Vaccine operations Central Provinces & Berar 1912-1920 - 1912-1920
Year: 1912
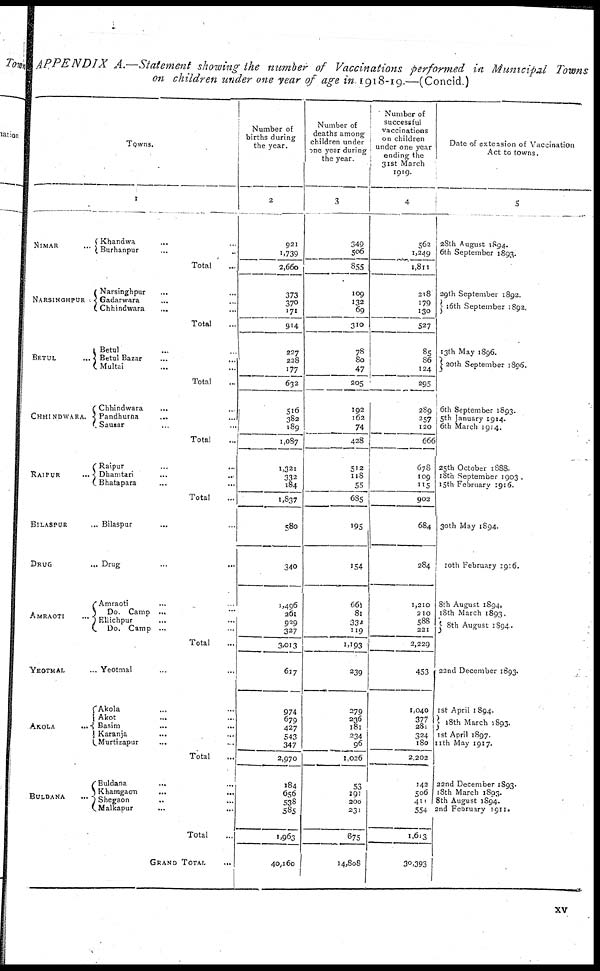
APPENDIX
A.—Statement showing the number of Vaccinations performed in Municipal Towns
on children under one year of age in 1918-19.—(Concld.)
Towns.
I
NIMAR
...
Khandwa ... ...
Burhanpur ... ...
Total ...
NARSINGHPUR
Narsinghpur ... ...
Gadarwara ... ...
Chhindwara ... ...
Total ...
BETUL
...
Betul ... ...
Betul Bazar ... ...
Multai ... ...
Total ...
CHHINDWARA.
Chhindwara ... ...
Pandhurna ... ...
Sausar ... ...
Total ...
RAIPUR
...
Raipur ... ...
Dhamtari ... ...
Bhatapara
...
...
Total ...
BILASPUR ...
DRUG ...
AMRAOTI
...
Bilaspur ... ...
Drug ...
Amraoti ... ...
Do. Camp ... ...
Ellichpur ... ...
Do. Camp ...
Total ...
YEOTMAL ...
AKOLA
...
Yeotmal ... ...
Akola ... ...
Akot ... ...
Basim ... ...
Karanja... ...
Murtizapur ... ...
Total
BULDANA
Buldana
... ...
Khamgaon
...
...
Shegaon ... ...
Malkapur
... ...
Total ...
GRAND TOTAL ...
Number of
births during
the year.
2
921
1,739
2,660
373
370
171
914
227
228
177
632
516
382
189
1,087
1,321
332
184
1,837
580
340
1,496
261
929
327
3,013
617
974
679
427
543
347
2,970
184
656
538
585
1,963
40,160
Number of
deaths among
children under
one year during
the year.
3
349
506
855
109
132
69
310
78
80
47
205
192
162
74
428
512
118
55
685
195
154
661
81
332
119
1,193
239
279
236
181
234
96
1,026
53
191
200
231
675
14,808
Number of
successful
vaccinations
on children
under one year
ending the
31st March
1919.
4
562
1,249
1,811
218
179
130
527
85
86
124
295
289
257
120
666
678
109
115
902
684
284
1,210
210
588
221
2,229
453
1,040
377
281
324
180
2,202
142
506
411
554
1,613
30,393
Date of extension of Vaccination
Act to towns.
5
28th August 1894.
6th September 1893.
29th September 1892.
16th September 1892.
13th May 1896.
20th September 1896.
6th September 1893.
5th January 1914.
6th March 1914.
25th October 1888.
18th September 1903.
15th February 1916.
30th May 1894.
10th February 1916.
8th August 1894.
18th March 1893.
8th August 1894.
23nd December 1893.
1st April 1894.
18th March 1893.
1st April 1897.
11th May 1917.
22nd December 1893.
18th March 1893.
8th August 1894.
2nd February 1911.
xv